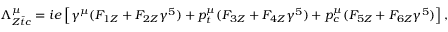
\Lambda _ { Z \bar { t } c } ^ { \mu } = i e \left[ \gamma ^ { \mu } ( F _ { 1 Z } + F _ { 2 Z } \gamma ^ { 5 } ) + p _ { t } ^ { \mu } ( F _ { 3 Z } + F _ { 4 Z } \gamma ^ { 5 } ) + p _ { c } ^ { \mu } ( F _ { 5 Z } + F _ { 6 Z } \gamma ^ { 5 } ) \right] ,